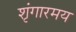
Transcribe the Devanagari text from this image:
शृंगारमय